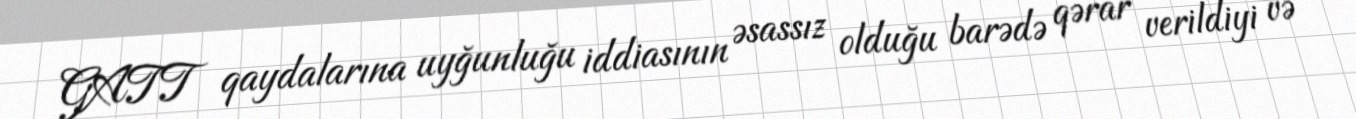
GATT qaydalarına uyğunluğu iddiasının əsassız olduğu barədə qərar verildiyi və